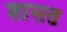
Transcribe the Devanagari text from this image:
शासत